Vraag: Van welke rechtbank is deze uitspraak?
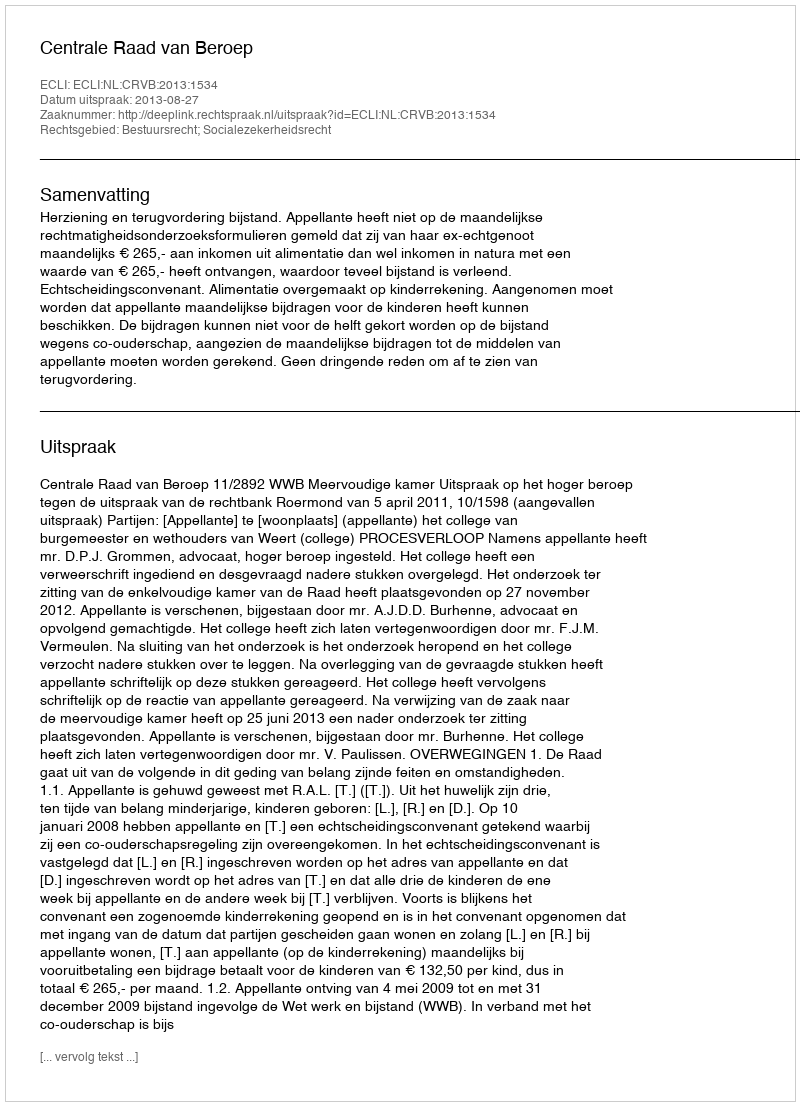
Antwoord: Centrale Raad van Beroep